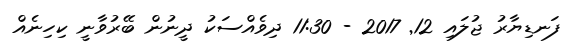
ފަނޑިޔާރު ޖުލައި 12